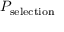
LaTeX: P _ { \mathrm { s e l e c t i o n } }